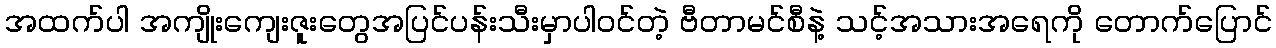
အထက်ပါ အကျိုးကျေးဇူးတွေအပြင်ပန်းသီးမှာပါဝင်တဲ့ ဗီတာမင်စီနဲ့ သင့်အသားအရေကို တောက်ပြောင်